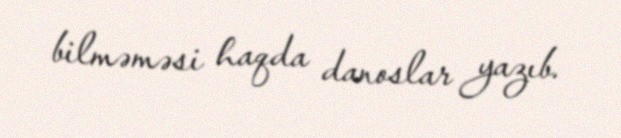
bilməməsi haqda danoslar yazıb.